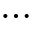
\dots